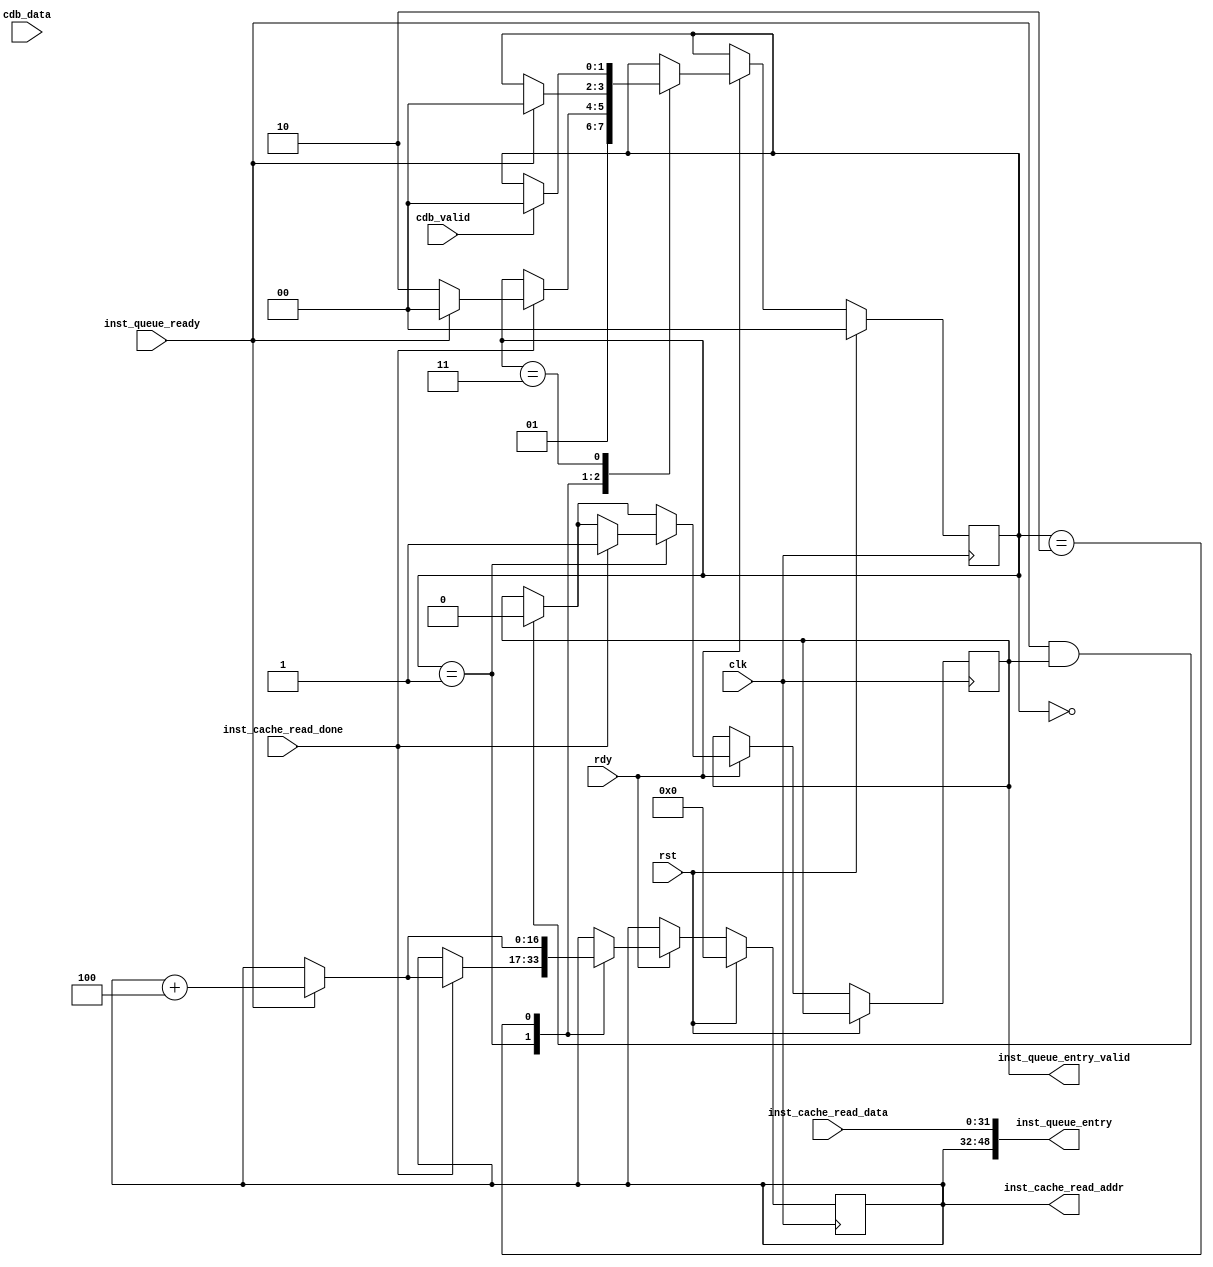
module InstructionUnit #(
    parameter INST_WIDTH  = 32,
    parameter ADDR_WIDTH  = 17,
    parameter CDB_WIDTH   = 32
  ) (
    // cpu status
    input wire clk,
    input wire rst,
    input wire rdy,

    // monitoring the common data bus
    input wire cdb_valid,
    input wire [CDB_WIDTH-1:0] cdb_data,

    // to instrcution cache
    input wire inst_cache_read_done,
    input wire [INST_WIDTH-1:0] inst_cache_read_data,
    output wire [ADDR_WIDTH-1:0] inst_cache_read_addr,

    // to instruction queue
    input wire inst_queue_ready,
    output reg inst_queue_entry_valid,
    output wire [ADDR_WIDTH+INST_WIDTH-1:0] inst_queue_entry // low bits store instruction, high bits store program counter
  );

  localparam IDLE = 2'b00;
  localparam WAIT_MEM = 2'b01;
  localparam WAIT_QUEUE = 2'b10;
  localparam STALL = 2'b11;

  reg [1:0] status; // default value is 2'b00, i.e. idle
  reg [ADDR_WIDTH-1:0] program_counter; // default value is 0, i.e. program start from 0x0

  assign inst_cache_read_addr = program_counter;
  assign inst_queue_entry = {program_counter, inst_cache_read_data};

  always @(posedge clk) begin
    if (rst) begin
      status <= 0;
      program_counter <= 0;
    end
    else if (rdy) begin
      if (inst_queue_ready && inst_queue_entry_valid) begin // It means instruction queue will accept that instruction in current cycle, so we can set valid signal to 0
        inst_queue_entry_valid <= 0;
      end

      case (status) // Finite state machine
        IDLE: begin // Ready to fetch next instruction
          status <= WAIT_MEM;
        end
        WAIT_MEM: begin
          if (inst_cache_read_done) begin // Instruction cache has read the instruction
            if (inst_queue_ready) begin // Instruction queue is ready to accept the instruction
              status <= IDLE;
              program_counter <= program_counter + 4; // Next instruction
            end else begin // Instruction queue is not ready to accept the instruction
              status <= WAIT_QUEUE;
            end
            inst_queue_entry_valid <= 1;
          end
        end
        WAIT_QUEUE: begin
          if (inst_queue_ready) begin // Instruction queue is ready to accept the instruction
            if (0) begin
              // TODO(Conless): branch instruction
            end else begin
              status <= IDLE;
              program_counter <= program_counter + 4; // Next instruction
            end
          end
        end
        STALL: begin // Wait for branch target
          if (cdb_valid) begin
            // TODO(Conless): monitor data on common data bus
            status <= IDLE;
          end
        end
      endcase
    end
  end

endmodule // InstructionFetcher